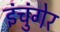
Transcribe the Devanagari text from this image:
इंचुंगेर